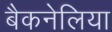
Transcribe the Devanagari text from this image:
बैकनेलिया